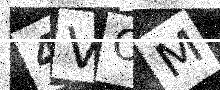
Text: 4VOM